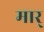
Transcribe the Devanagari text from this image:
मार्